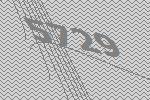
5729